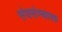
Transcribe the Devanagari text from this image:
संघसंस्थापक